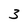
Character: 3